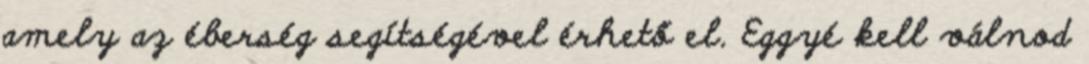
amely az éberség segítségével érhető el. Eggyé kell válnod